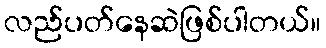
လည်ပတ်နေဆဲဖြစ်ပါတယ်။